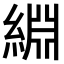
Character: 𫃺